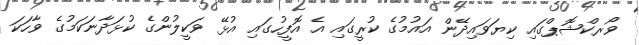
ވޯރކްޝޮޕްގައި ކިޔަވައިދޭން އައުމުގެ ކުރީގައި އެ އޮފީހުގައި އުޅޭ ވަކީލުންގެ ކުޅަދާނަކަމުގެ ވާހަކަ